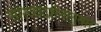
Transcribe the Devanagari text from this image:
सांख्यदर्शनानुसार